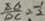
\frac { E G } { D C } = \frac { 1 } { 2 }